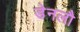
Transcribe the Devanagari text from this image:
डेनलौ